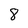
Character: 8